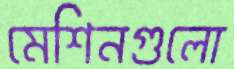
মেশিনগুলো